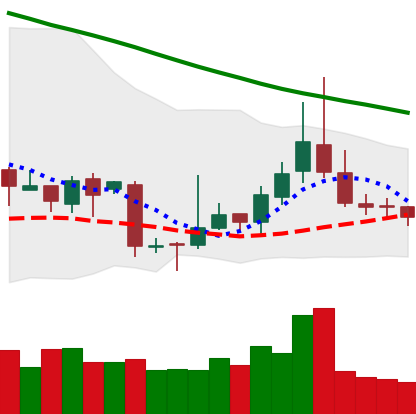
Ticker: TRX-USD
Chart end date: 2018-11-11
Forward return: -17.163%
Label: down_7plus